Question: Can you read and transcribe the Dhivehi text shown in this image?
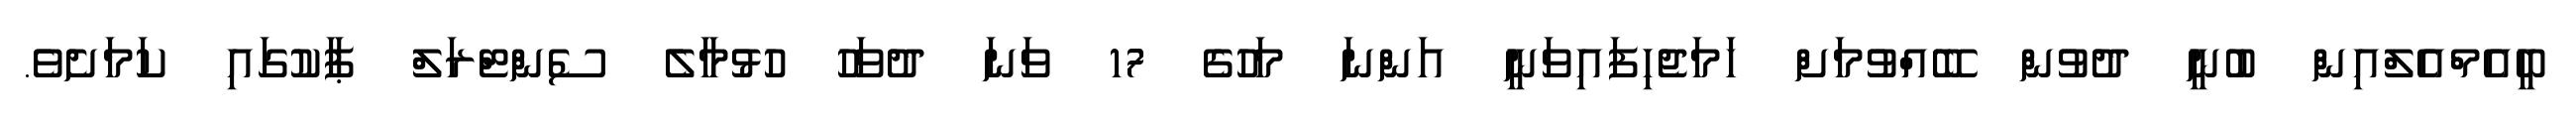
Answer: ބީއެމްއެލްއިން ބުނީ ދުވުން ބޭއްވުމަށް ހަމަޖެހިފައިވަނީ އަންނަ މަހުގެ 17 ވަނަ ދުވަހު ހުޅުމާލެ ސެންޓްރަލް ޕާކުގައި ކަމަށެވެ.